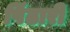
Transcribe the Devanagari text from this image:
पिंढारी